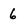
Character: 6